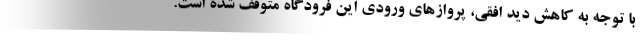
با توجه به کاهش دید افقی، پروازهای ورودی این فرودگاه متوقف شده‌ است.